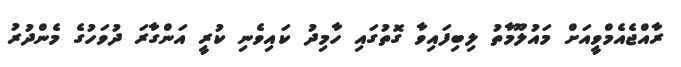
ރާއްޖެއެމްވީއަށް މައުލޫމާތު ލިބިފައިވާ ގޮތުގައި ހާމިދު ކައިވެނި ކުރީ އަންގާރަ ދުވަހުގެ މެންދުރު